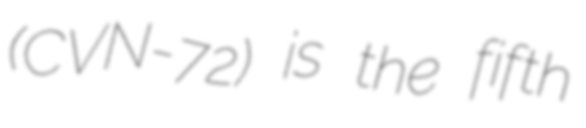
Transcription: (CVN-72) is the fifth